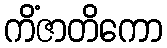
ကိံဇာတိကော